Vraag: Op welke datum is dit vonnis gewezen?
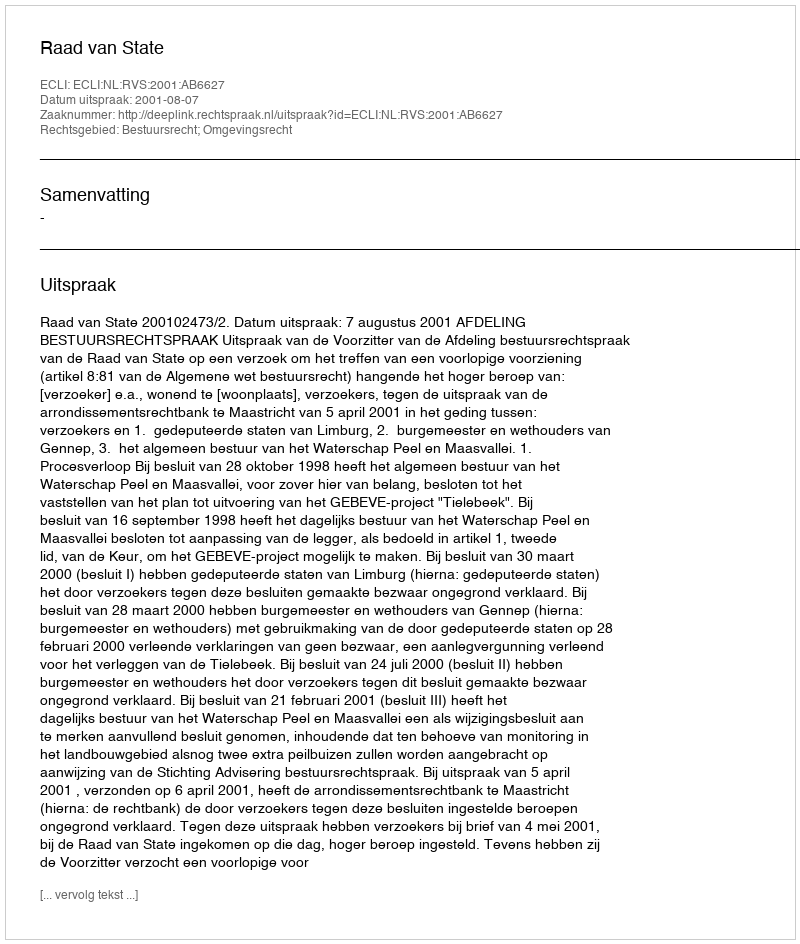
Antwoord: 2001-08-07